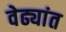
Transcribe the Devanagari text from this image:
वेढ्यांत